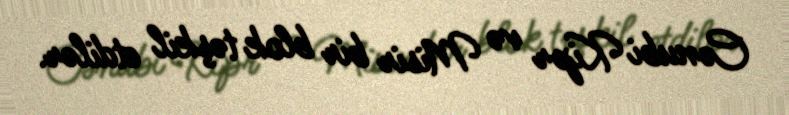
Cənubi Kipr və Misir bir blok təşkil etdilər.